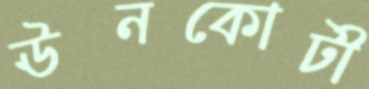
ঊনকোটী